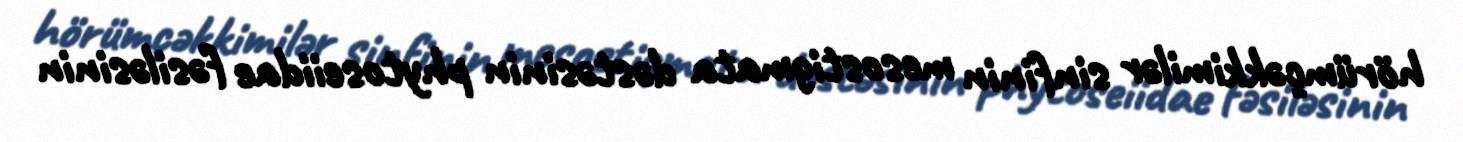
hörümçəkkimilər sinfinin mesostigmata dəstəsinin phytoseiidae fəsiləsinin